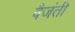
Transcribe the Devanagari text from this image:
वैजंती